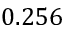
0 . 2 5 6